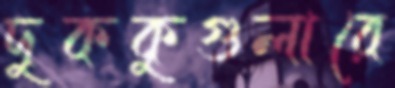
দুককুগুলারে